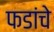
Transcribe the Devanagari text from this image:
फडांचे